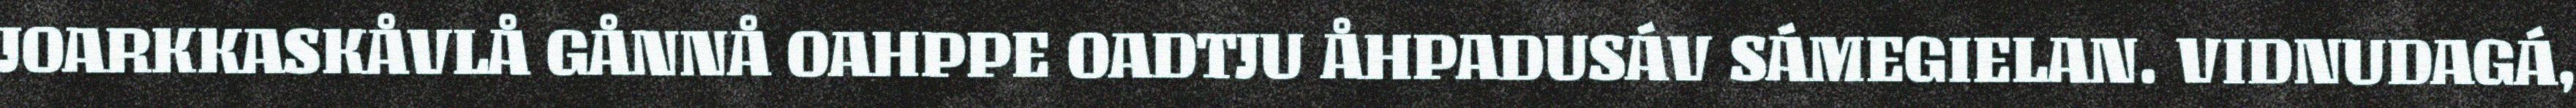
JOARKKASKÅVLÅ GÅNNÅ OAHPPE OADTJU ÅHPADUSÁV SÁMEGIELAN. VIDNUDAGÁ,